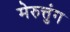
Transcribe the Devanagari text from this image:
मेरुत्तुंग